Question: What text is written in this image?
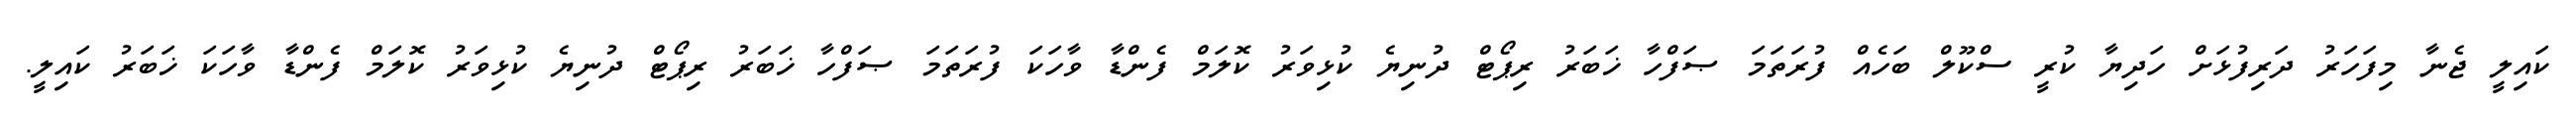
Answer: ކައިލީ ޖެނާ މިފަހަރު ދަރިފުޅަށް ހަދިޔާ ކުރީ ސްކޫލް ބަހެއް ފުރަތަމަ ޞަފްހާ ޚަބަރު ރިޕޯޓް ދުނިޔެ ކުޅިވަރު ކޮލަމް ފެންޑާ ވާހަކަ ފުރަތަމަ ޞަފްހާ ޚަބަރު ރިޕޯޓް ދުނިޔެ ކުޅިވަރު ކޮލަމް ފެންޑާ ވާހަކަ ޚަބަރު ކައިލީ.